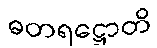
ဓတရဋ္ဌောတိ